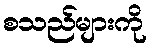
စသည်များကို